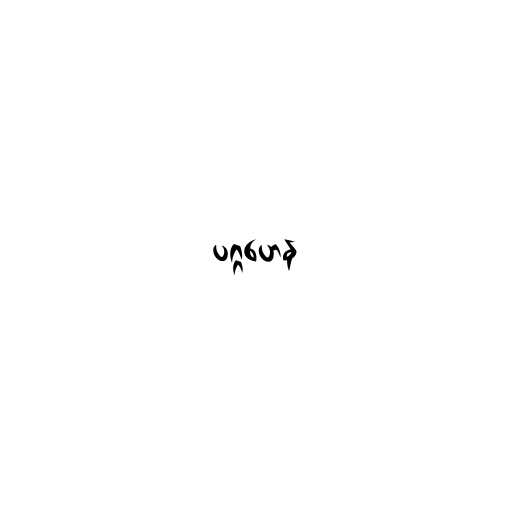
ပဂ္ဂဟေန